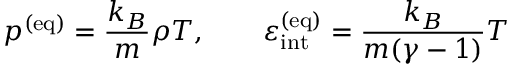
p ^ { ( \mathrm { e q ) } } = \frac { k _ { B } } { m } \rho T , \qquad \varepsilon _ { \mathrm { i n t } } ^ { ( \mathrm { e q ) } } = \frac { k _ { B } } { m ( \gamma - 1 ) } T